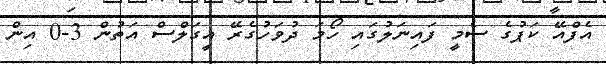
އެފްއޭ ކަޕުގެ ސެމީ ފައިނަލުގައި ހޯމަ ދުވަހުގެރޭ އީގަލްސް އަތުން 3-0 އިން